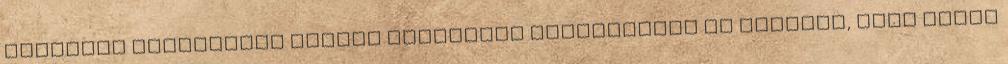
amerikai alternatív médiát böngészve nyilvánvaló és érthető, hogy egyre